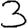
Digit: 3